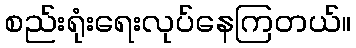
စည်းရုံးရေးလုပ်နေကြတယ်။